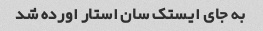
به جای ایستک سان استار اورده شد